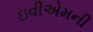
ઇવીએમની